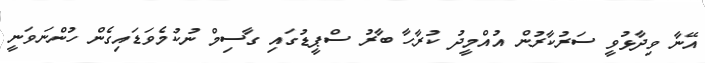
އޭނާ ވިދާޅުވީ ސަރުކާރުން އުއްމީދު ކުރާހާ ބާރު ސްޕީޑުގައި ގާސިމް ނުކުމެވަޑައިގެން ހުންނަވަނީ